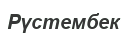
Рүстембек